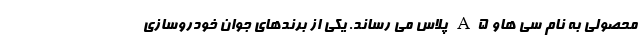
محصولی به نام سی هاو A5 پلاس می رساند. یکی از برندهای جوان خودروسازی